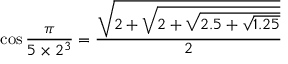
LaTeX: \cos { \frac { \pi } { 5 \times 2 ^ { 3 } } } = { \frac { \sqrt { 2 + { \sqrt { 2 + { \sqrt { 2 . 5 + { \sqrt { 1 . 2 5 } } } } } } } } { 2 } }